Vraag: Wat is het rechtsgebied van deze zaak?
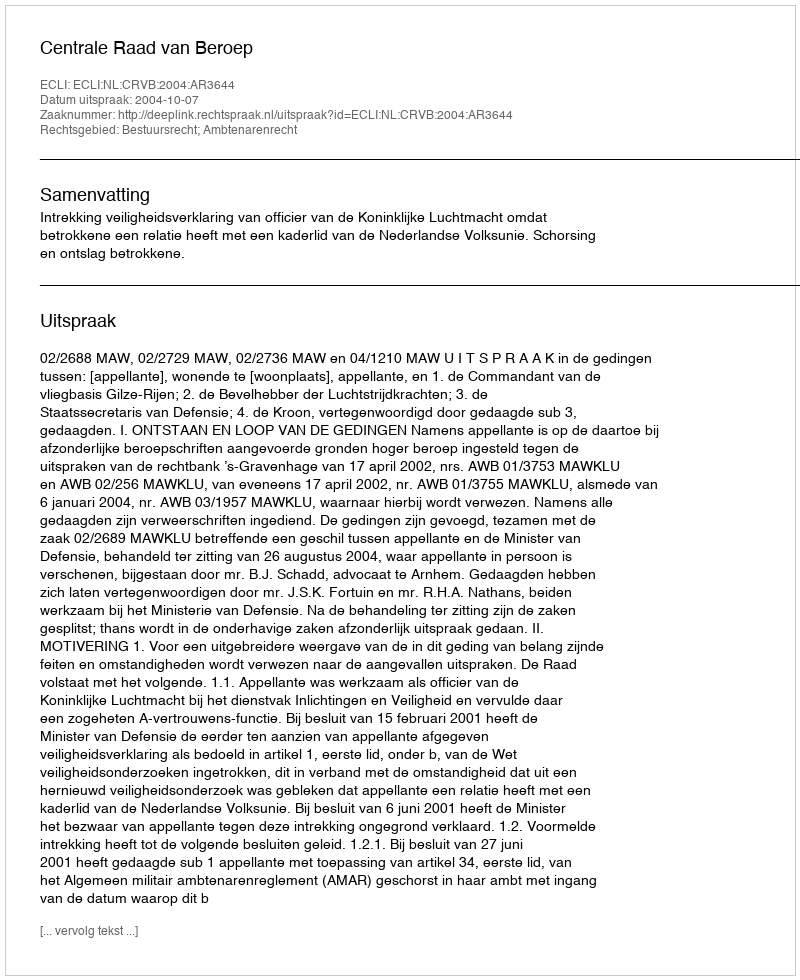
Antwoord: Bestuursrecht; Ambtenarenrecht